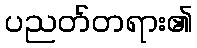
ပညတ်တရား၏